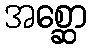
အစ္ဆော